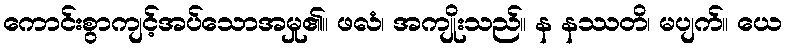
ကောင်းစွာကျင့်အပ်သောအမှု၏။ ဖလံ၊ အကျိုးသည်။ န နဿတိ၊ မပျက်။ ယေ